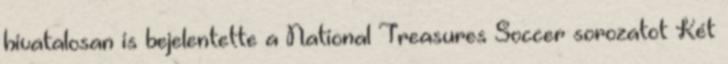
hivatalosan is bejelentette a National Treasures Soccer sorozatot Két